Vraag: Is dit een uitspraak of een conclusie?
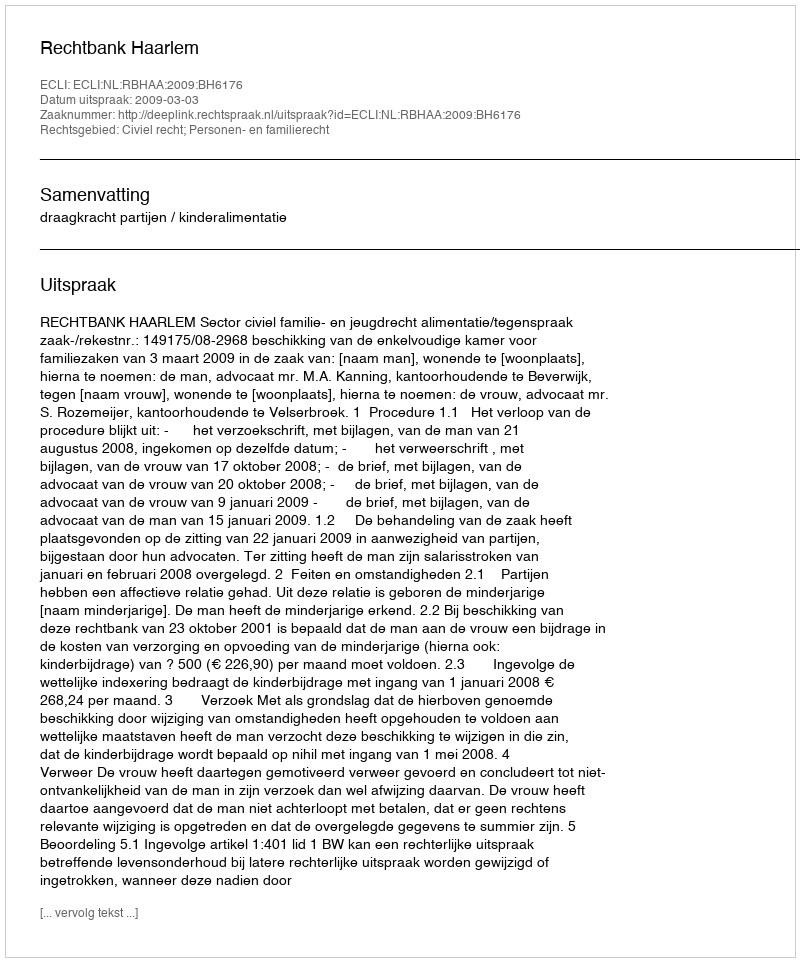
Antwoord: Uitspraak